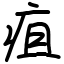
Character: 疽